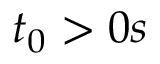
t _ { 0 } > 0 s